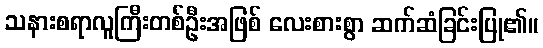
သနားစရာလူကြီးတစ်ဦးအဖြစ် လေးစားစွာ ဆက်ဆံခြင်းပြု၏။